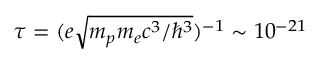
\tau = ( e \sqrt { m _ { p } m _ { e } c ^ { 3 } / \hbar ^ { 3 } } ) ^ { - 1 } \sim 1 0 ^ { - 2 1 }